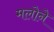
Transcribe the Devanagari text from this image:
मलोने